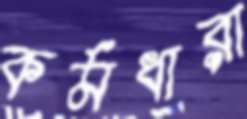
কর্মধারা